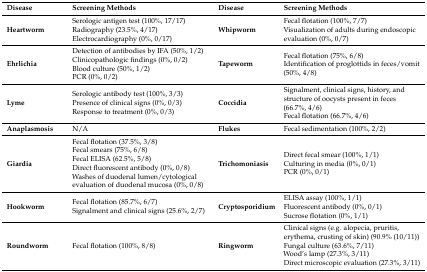
<table><thead><tr><td><b>Disease</b></td><td><b>Screening Methods</b></td><td><b>Disease</b></td><td><b>Screening Methods</b></td></tr></thead><tbody><tr><td><b>Heartworm</b></td><td>Serologic antigen test (100%, 17/17)Radiography (23.5%, 4/17)Electrocardiography (0%, 0/17)</td><td><b>Whipworm</b></td><td>Fecal flotation (100%, 7/7)Visualization of adults during endoscopic evaluation (0%, 0/7)</td></tr><tr><td><b>Ehrlichia</b></td><td>Detection of antibodies by IFA (50%, 1/2)Clinicopathologic findings (0%, 0/2)Blood culture (50%, 1/2)PCR (0%, 0/2)</td><td><b>Tapeworm</b></td><td>Fecal flotation (75%, 6/8)Identification of proglottids in feces/vomit (50%, 4/8)</td></tr><tr><td><b>Lyme</b></td><td>Serologic antibody test (100%, 3/3)Presence of clinical signs (0%, 0/3)Response to treatment (0%, 0/3)</td><td><b>Coccidia</b></td><td>Signalment, clinical signs, history, and structure of oocysts present in feces (66.7%, 4/6)Fecal flotation (66.7%, 4/6)</td></tr><tr><td><b>Anaplasmosis</b></td><td>N/A</td><td><b>Flukes</b></td><td>Fecal sedimentation (100%, 2/2)</td></tr><tr><td><b>Giardia</b></td><td>Fecal flotation (37.5%, 3/8)Fecal smears (75%, 6/8)Fecal ELISA (62.5%, 5/8)Direct fluorescent antibody (0%, 0/8)Washes of duodenal lumen/cytological evaluation of duodenal mucosa (0%, 0/8)</td><td><b>Trichomoniasis</b></td><td>Direct fecal smear (100%, 1/1)Culturing in media (0%, 0/1)PCR (0%, 0/1)</td></tr><tr><td><b>Hookworm</b></td><td>Fecal flotation (85.7%, 6/7)Signalment and clinical signs (25.6%, 2/7)</td><td><b>Cryptosporidium</b></td><td>ELISA assay (100%, 1/1)Fluorescent antibody (0%, 0/1)Sucrose flotation (0%, 1/1)</td></tr><tr><td><b>Roundworm</b></td><td>Fecal flotation (100%, 8/8)</td><td><b>Ringworm</b></td><td>Clinical signs (e.g. alopecia, pruritis, erythema, crusting of skin) (90.9% (10/11))Fungal culture (63.6%, 7/11) Wood’s lamp (27.3%, 3/11)Direct microscopic evaluation (27.3%, 3/11)</td></tr></tbody></table>